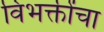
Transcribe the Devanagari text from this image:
विभक्तींचा